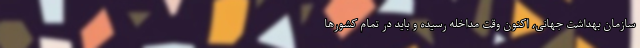
سازمان بهداشت جهانی، اکنون وقت مداخله رسیده و باید در تمام کشورها